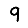
Digit: 9